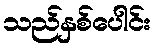
သည်နှစ်ပေါင်း